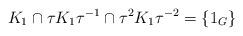
LaTeX: \begin{align*}K_1 \cap \tau K_1 \tau^{-1} \cap \tau^2 K_1 \tau^{-2} = \lbrace 1_G \rbrace\end{align*}